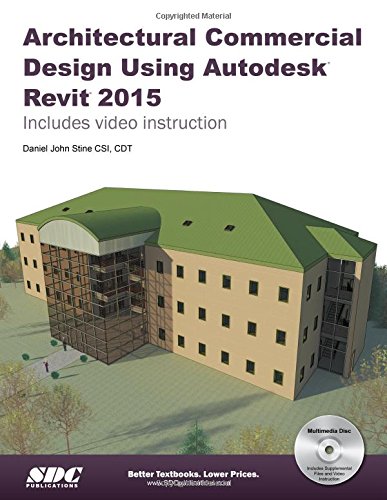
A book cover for Architectural Commercial Design Using Autodesk Revit 2015; Daniel John Stine; Computers & Technology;